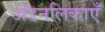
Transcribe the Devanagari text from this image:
अंडनलिकाएँ